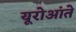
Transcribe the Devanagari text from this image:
यूरोआंते